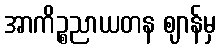
အာကိဉ္စညာယတန ဈာန်မှ